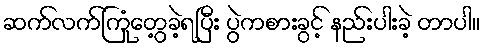
ဆက်လက်ကြုံတွေ့ခဲ့ရပြီး ပွဲကစားခွင့် နည်းပါးခဲ့ တာပါ။